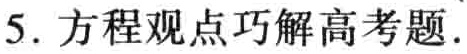
5. 方程观点巧解高考题.